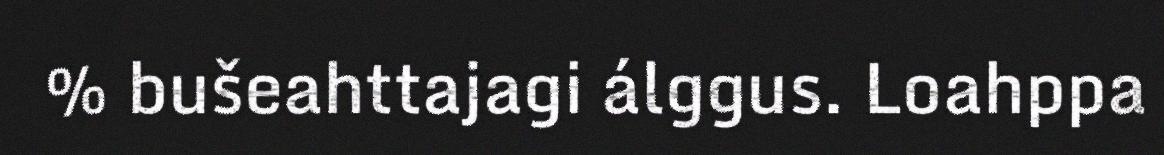
% bušeahttajagi álggus. Loahppa